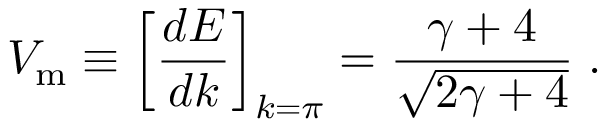
V _ { \mathrm { m } } \equiv \left[ { \frac { d E } { d k } } \right] _ { k = \pi } = { \frac { \gamma + 4 } { \sqrt { 2 \gamma + 4 } } } \; .